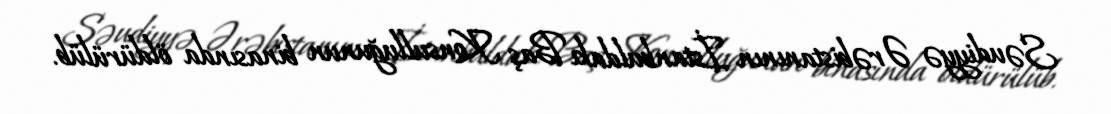
Səudiyyə Ərəbistanının İstanbuldakı Baş Konsulluğunun binasında öldürülüb.